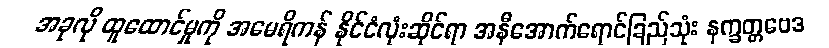
အခုလို ထူထောင်မှုကို အမေရိကန် နိုင်ငံလုံးဆိုင်ရာ အနီအောက်ရောင်ခြည်သုံး နက္ခတ္တဗေဒ